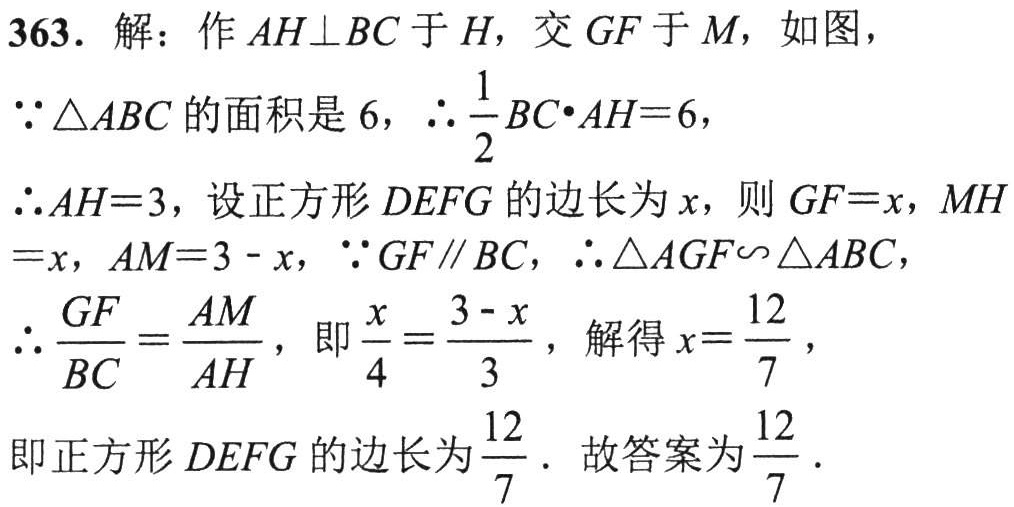
363. 解：作\(AH\perp BC\)于\(H\)，交\(GF\)于\(M\)，如图，
\(\because\triangle ABC\)的面积是\(6\)，\(\therefore\frac{1}{2}BC\cdot AH = 6\)，
\(\therefore AH = 3\)，设正方形\(DEFG\)的边长为\(x\)，则\(GF = x\)，\(MH = x\)，\(AM = 3 - x\)，\(\because GF\parallel BC\)，\(\therefore\triangle AGF\sim\triangle ABC\)，
\(\therefore\frac{GF}{BC}=\frac{AM}{AH}\)，即\(\frac{x}{4}=\frac{3 - x}{3}\)，解得\(x=\frac{12}{7}\)，
即正方形\(DEFG\)的边长为\(\frac{12}{7}\)．故答案为\(\frac{12}{7}\)．